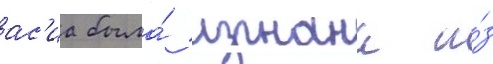
ас'иа была́ изгнана и́з